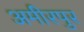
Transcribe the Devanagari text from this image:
अमीरपुर